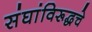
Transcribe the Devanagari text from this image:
संघांविरूद्धचे